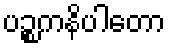
ပဉ္စကနိပါတော